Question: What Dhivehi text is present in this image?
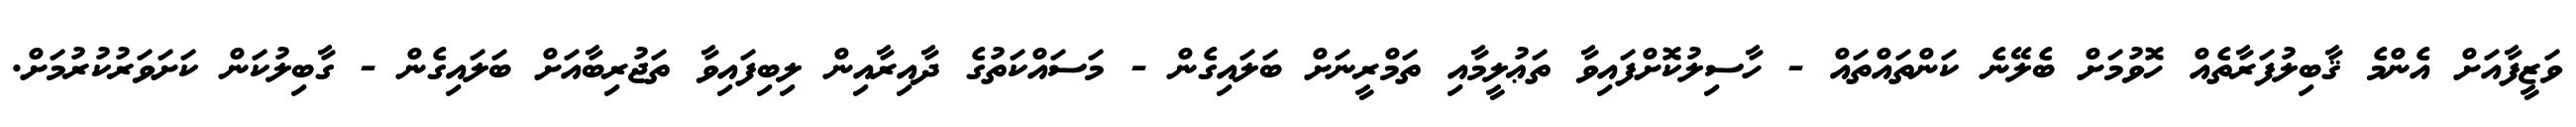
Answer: ވަޒީފާއަށް އެންމެ ޤާބިލުފަރާތެއް ހޮވުމަށް ބެލޭނެ ކަންތައްތައް - ހާސިލުކޮށްފައިވާ ތަޢުލީމާއި ތަމްރީނަށް ބަލައިގެން - މަސައްކަތުގެ ދާއިރާއިން ލިބިފައިވާ ތަޖުރިބާއަށް ބަލައިގެން - ގާބިލުކަން ކަށަވަރުކުރުމަށް.